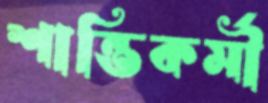
শান্তিকর্মী